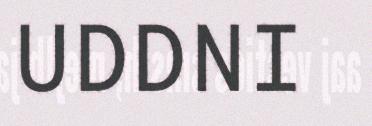
UDDNI